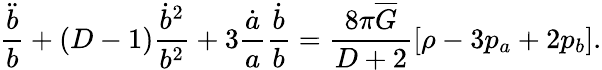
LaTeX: \frac{\ddot{b}}{b}+(D-1)\frac{\dot{b}^{2}}{b^{2}}+3\frac{\dot{a}}{a}\frac{\dot{b}}{b}=\frac{8\pi\overline{{{G}}}}{D+2}\left[\rho-3p_{a}+2p_{b}\right].